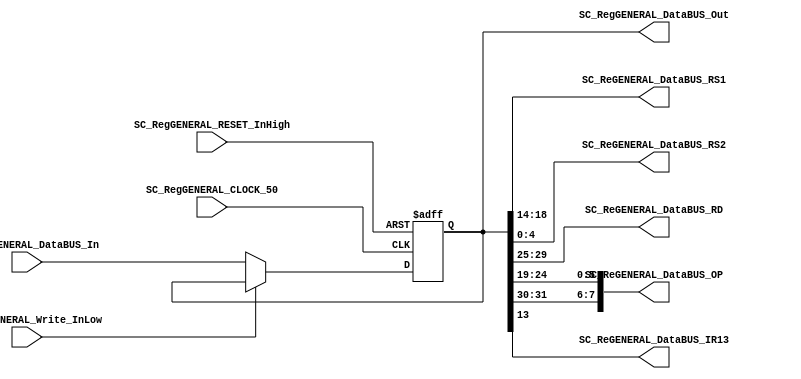
module SC_RegGENERAL_IR #(
	parameter DATAWIDTH_BUS=32,
	parameter DATAWIDTH_BUS_REG_IR=5,
	parameter DATAWIDTH_BUS_REG_IR_OP=8
)(
	//////////// OUTPUTS //////////
	SC_RegGENERAL_DataBUS_Out,
	SC_ReGENERAL_DataBUS_RS1,
	SC_ReGENERAL_DataBUS_RS2,
	SC_ReGENERAL_DataBUS_RD,
	SC_ReGENERAL_DataBUS_OP, 
	SC_ReGENERAL_DataBUS_IR13,
	//////////// INPUTS //////////
	SC_RegGENERAL_CLOCK_50,
	SC_RegGENERAL_RESET_InHigh,
	SC_RegGENERAL_Write_InLow,
	SC_RegGENERAL_DataBUS_In
);
//=======================================================
//  PARAMETER declarations
//=======================================================

//=======================================================
//  PORT declarations
//=======================================================
	output reg	[DATAWIDTH_BUS-1:0] SC_RegGENERAL_DataBUS_Out;
	output reg  [DATAWIDTH_BUS_REG_IR-1:0] SC_ReGENERAL_DataBUS_RS1;
	output reg  [DATAWIDTH_BUS_REG_IR-1:0] SC_ReGENERAL_DataBUS_RS2;
	output reg  [DATAWIDTH_BUS_REG_IR-1:0] SC_ReGENERAL_DataBUS_RD;
	output reg 	[DATAWIDTH_BUS_REG_IR_OP-1:0] SC_ReGENERAL_DataBUS_OP;
	output reg  SC_ReGENERAL_DataBUS_IR13;
	
	input			SC_RegGENERAL_CLOCK_50;
	input			SC_RegGENERAL_Write_InLow;
	input 		SC_RegGENERAL_RESET_InHigh;
	input 		[DATAWIDTH_BUS-1:0] SC_RegGENERAL_DataBUS_In;
//=======================================================
//  REG/WIRE declarations
//=======================================================
	reg [DATAWIDTH_BUS-1:0] RegGENERAL_Register;
	reg [DATAWIDTH_BUS-1:0] RegGENERAL_Signal;
//=======================================================
//  Structural coding
//=======================================================
//INPUT LOGIC: COMBINATIONAL
	always @ (*)
	if (SC_RegGENERAL_Write_InLow == 1'b0)	
		RegGENERAL_Signal = SC_RegGENERAL_DataBUS_In;
	else 	
		RegGENERAL_Signal = RegGENERAL_Register;

// REGISTER : SEQUENTIAL
	//STATE REGISTER: SEQUENTIAL
	always @(negedge SC_RegGENERAL_CLOCK_50, posedge SC_RegGENERAL_RESET_InHigh)
	begin
		if (SC_RegGENERAL_RESET_InHigh == 1'b1)
			RegGENERAL_Register <= 0;
		else
			RegGENERAL_Register <= RegGENERAL_Signal;
	end
//=======================================================
//  Outputs
//=======================================================
// OUTPUT LOGIC : COMBINATIONAL
	always @ (*)
	begin
		SC_RegGENERAL_DataBUS_Out = RegGENERAL_Register;  
		SC_ReGENERAL_DataBUS_RS2= RegGENERAL_Register[4:0];
		SC_ReGENERAL_DataBUS_IR13= RegGENERAL_Register[13];
		SC_ReGENERAL_DataBUS_RS1= RegGENERAL_Register[18:14];
		SC_ReGENERAL_DataBUS_RD= RegGENERAL_Register[29:25];
		SC_ReGENERAL_DataBUS_OP= {RegGENERAL_Register[31:30],RegGENERAL_Register[24:19]};
	end

endmodule